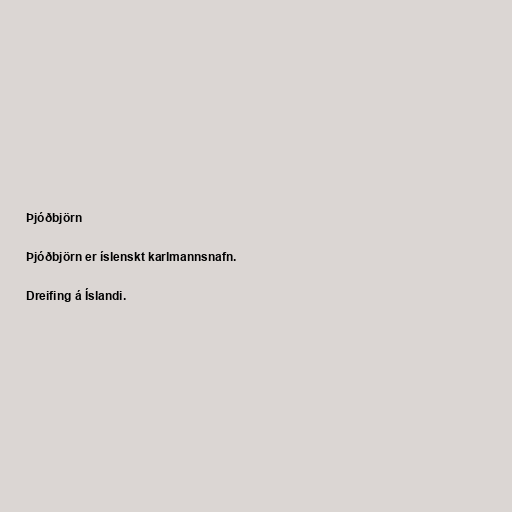
Þjóðbjörn

Þjóðbjörn er íslenskt karlmannsnafn.

Dreifing á Íslandi.